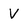
Character: V